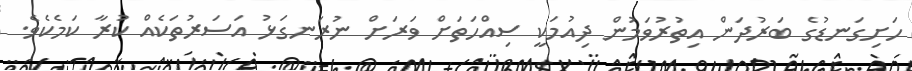
ހަށިގަނޑުގެ ބަރުދަން އިތުރުވަމުން ދިއުމަކީ ސިއްހަތަށް ވަރަށް ނުރަނގަޅު އަސަރުތަކެއް ކުރާ ކަމެކެވެ.